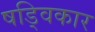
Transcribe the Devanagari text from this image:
षड्विकार